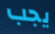
يجب